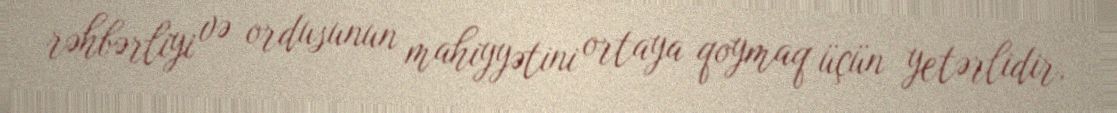
rəhbərliyi və ordusunun mahiyyətini ortaya qoymaq üçün yetərlidir.